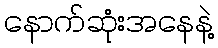
နောက်ဆုံးအနေနဲ့